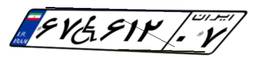
۶۷W۶۱۲۰۷